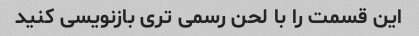
این قسمت را با لحن رسمی تری بازنویسی کنید